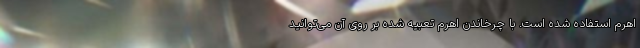
اهرم استفاده شده است. با چرخاندن اهرم تعبیه شده بر روی آن می‌توانید